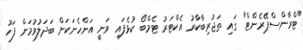
"ޓްރާންސްޕޭރެންޓް" ގައި ތަޖުރިބާކާރު އެކްޓަރު ޓެމްބޯ ކުޅެފައި ވަނީ އަންހެނަކަށް ބަދަލުވުމަށް ފަހު